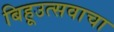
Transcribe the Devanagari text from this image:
बिहूउत्सवाचा